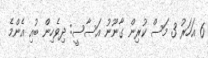
6 އަހަރު 3 މަސް ކުރިން ގާނޫނު އަސާސީ: ދިވެހިން ބުއި އެންމެ